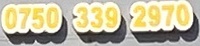
0750 339 2970